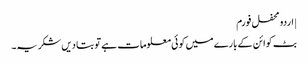
| اردو محفل فورم
بٹ کوائن کے بارے میں کوئی معلومات ہے تو بتا دیں شکریہ۔